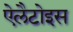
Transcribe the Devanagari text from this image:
ऐलैटोइस